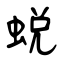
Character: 蛻